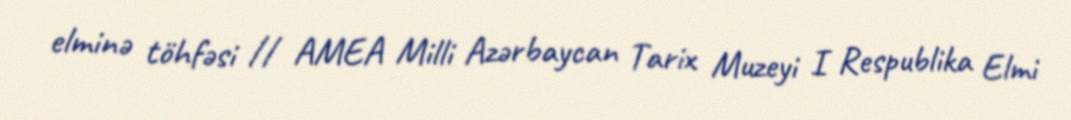
elminə töhfəsi // AMEA Milli Azərbaycan Tarix Muzeyi I Respublika Elmi